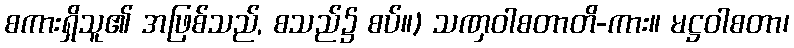
စကားရှိသူ၏ အဖြစ်သည်, စသည်၌ စပ်။) သဏှဝါစတာတိ-ကား။ မဋ္ဌဝါစတာ၊